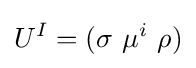
U^{I}=(\sigma \ \mu ^{i}\ \rho )